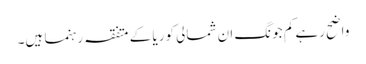
واضح رہے کم جونگ ان شمالی کوریا کے متفقہ رہنما ہیں۔